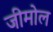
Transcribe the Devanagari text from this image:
जीमोल